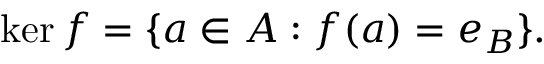
\ker f = \{ a \in A : f ( a ) = e _ { B } \} { \mathrm { . } }